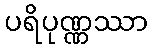
ပရိပုဏ္ဏဿာ